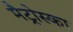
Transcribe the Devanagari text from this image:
मैट्रोस्का